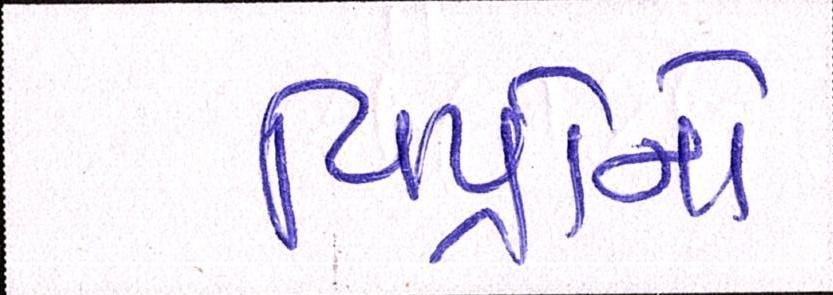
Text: વિપ્રોનો